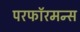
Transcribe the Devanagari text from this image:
परफॉरमन्स